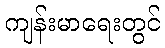
ကျန်းမာရေးတွင်